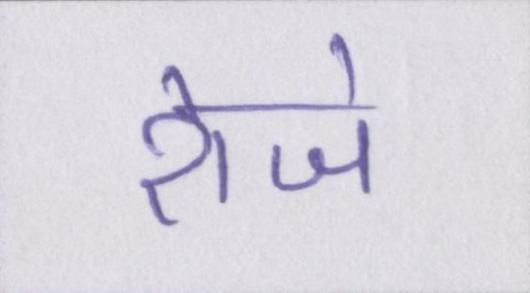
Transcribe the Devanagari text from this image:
रोजे